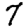
Digit: 7